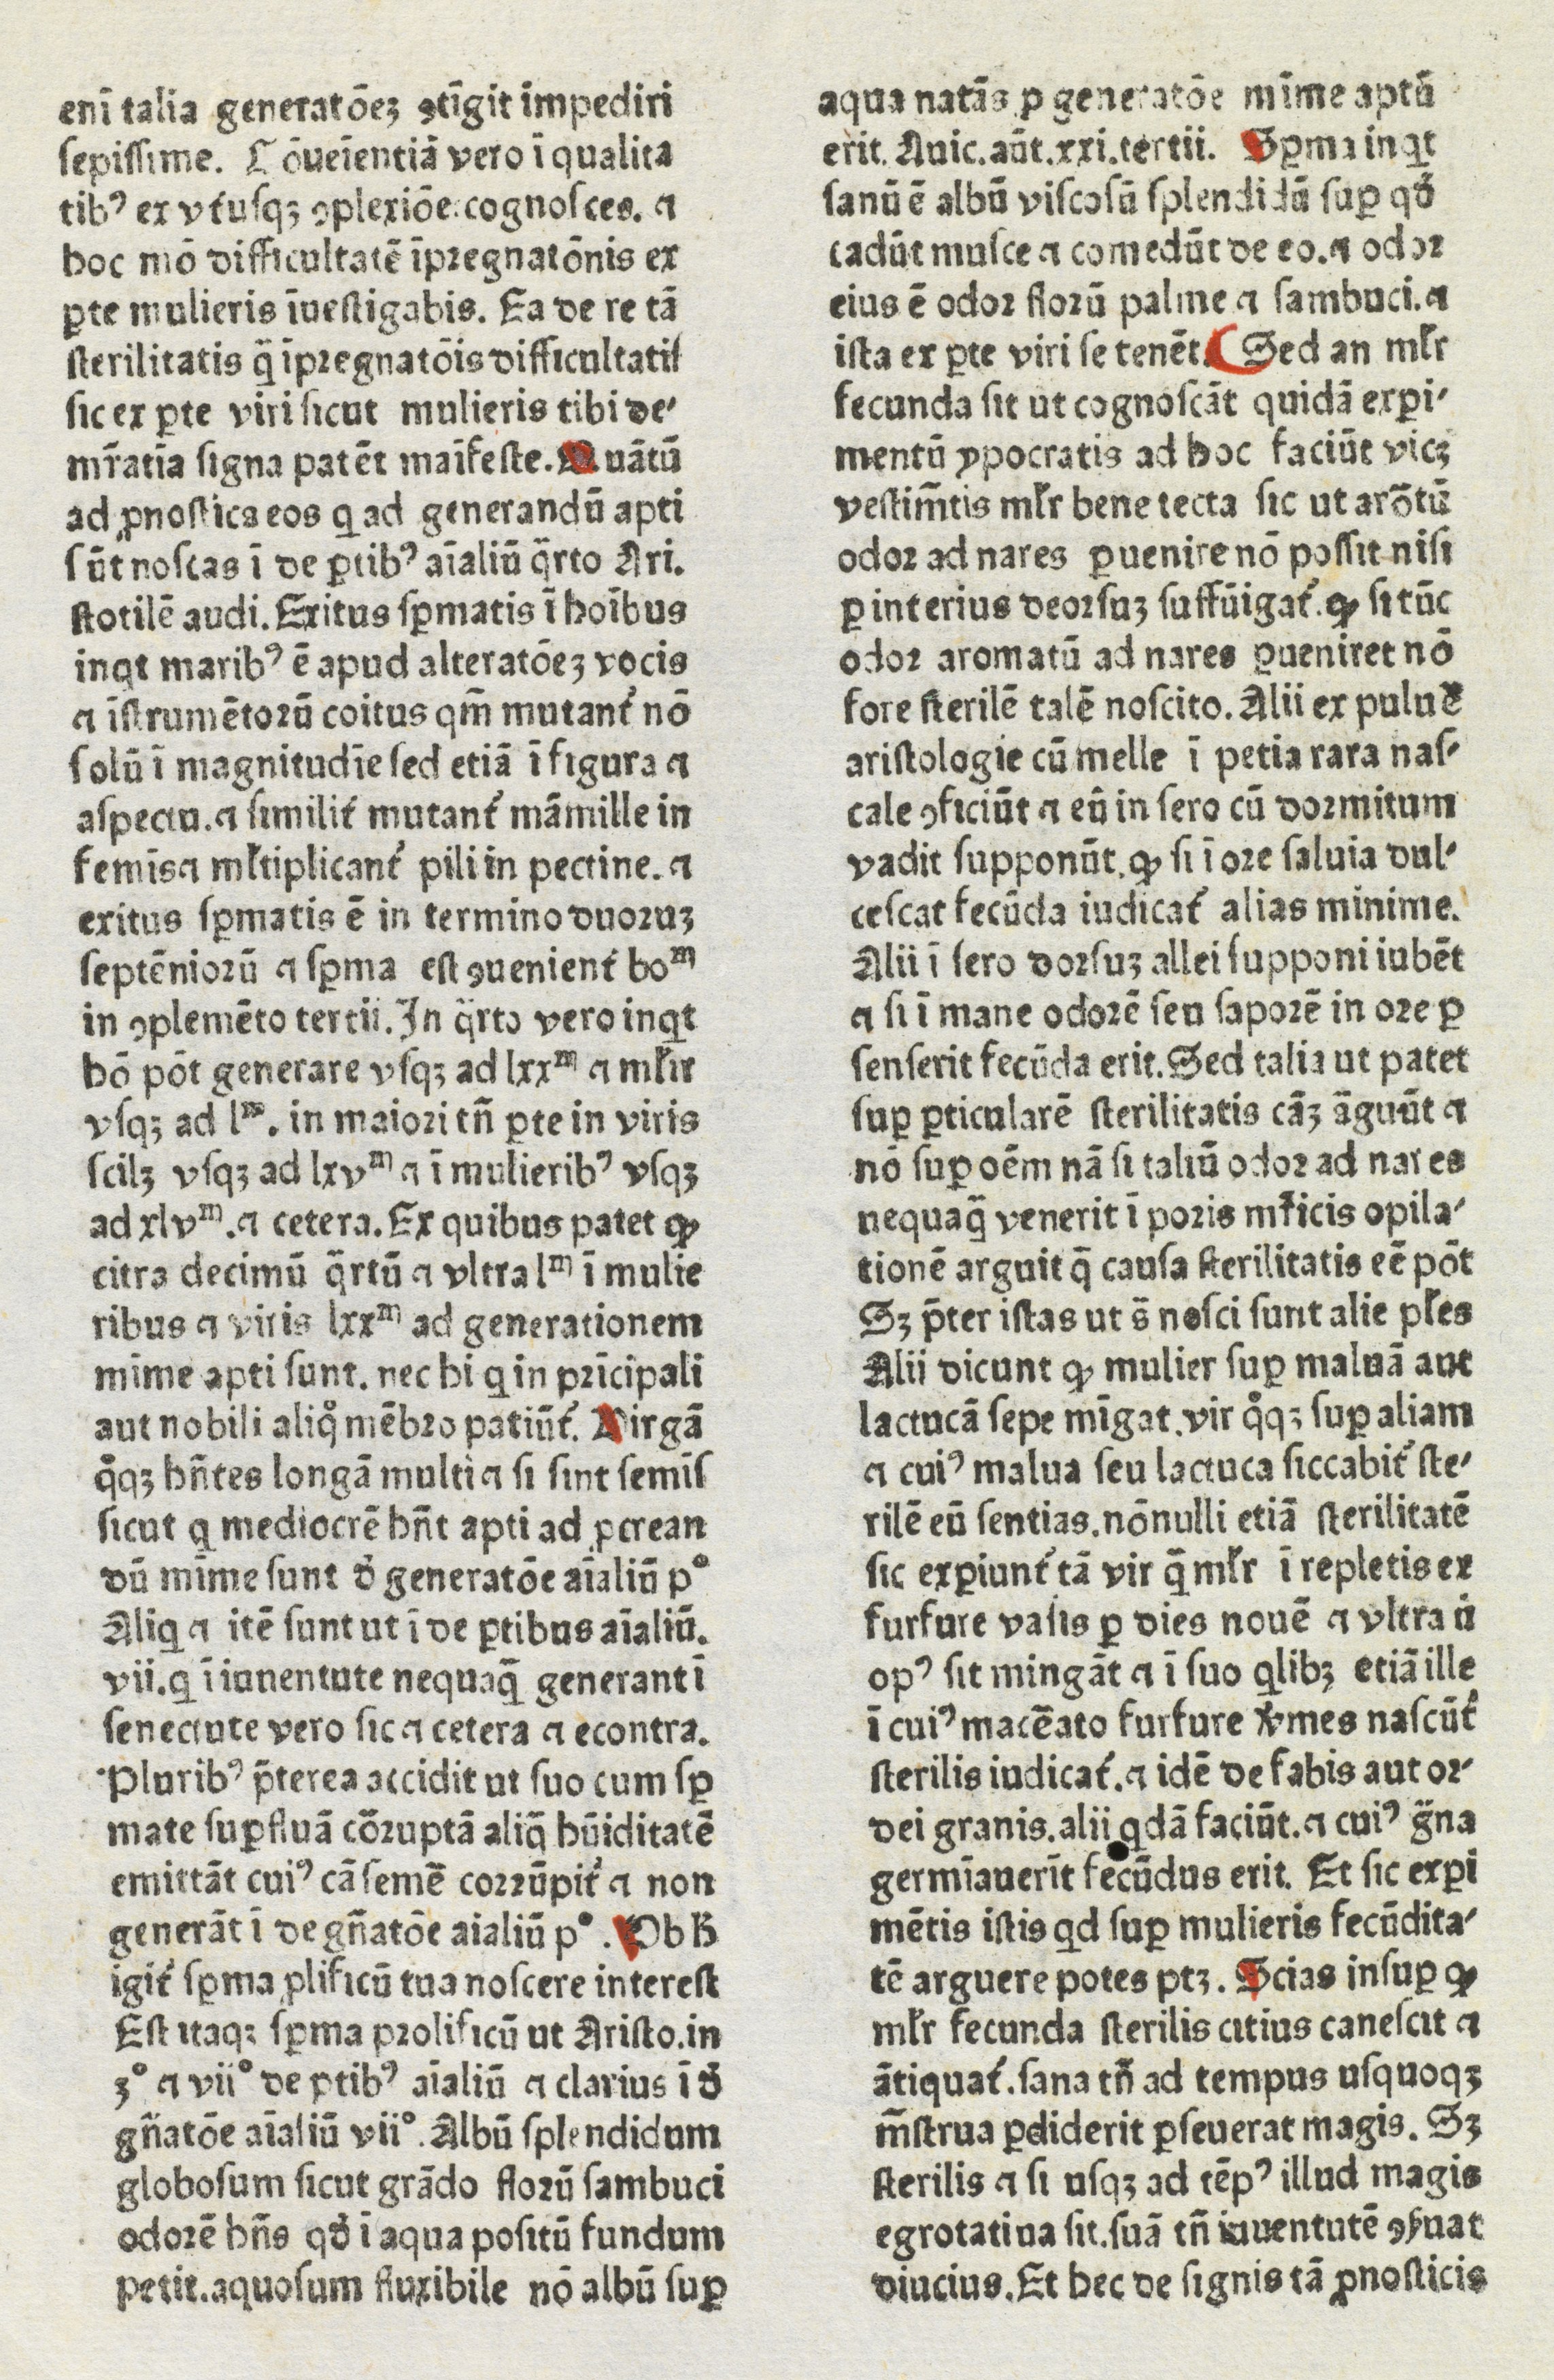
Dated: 1480–1470